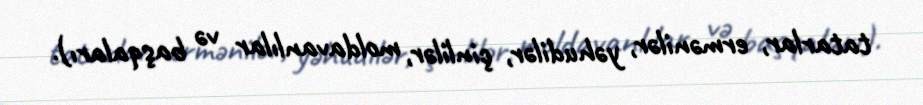
tatarlar, ermənilər, yəhudilər, çinlilər, moldavanlılar və başqaları).